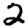
Digit: 2